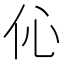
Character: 伈